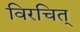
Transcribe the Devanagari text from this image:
विरचित्